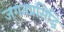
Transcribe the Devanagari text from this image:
जगतप्रसिद्धि